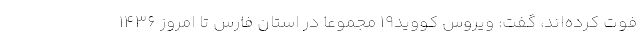
فوت کرده‌اند، گفت: ویروس کووید۱۹ مجموعا در استان فارس تا امروز ۱۴۳۶